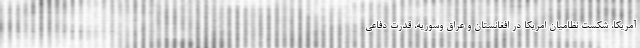
آمریکا، شکست نظامیان امریکا در افغانستان و عراق وسوریه، قدرت دفاعی